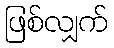
ဖြစ်လျှက်